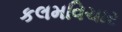
કલમવિચાર